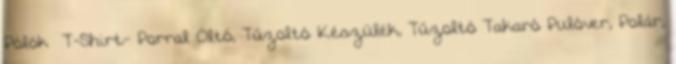
Pólók T-Shirt- Porral Oltó, Tűzoltó Készülék, Tűzoltó Takaró Pulóver, Polár,